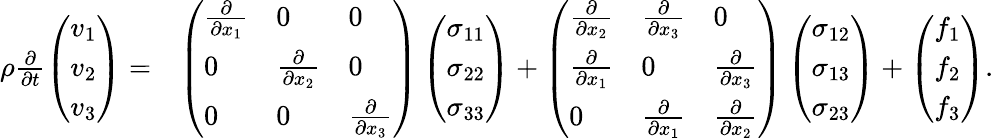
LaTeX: \begin{array}{rl}{\rho\frac{\partial}{\partial t}\left(\begin{array}{l}{v_{1}}\\ {v_{2}}\\ {v_{3}}\end{array}\right)=}&{\left(\begin{array}{lll}{\frac{\partial}{\partial x_{1}}}&{0}&{0}\\ {0}&{\frac{\partial}{\partial x_{2}}}&{0}\\ {0}&{0}&{\frac{\partial}{\partial x_{3}}}\end{array}\right)\left(\begin{array}{l}{\sigma_{11}}\\ {\sigma_{22}}\\ {\sigma_{33}}\end{array}\right)+\left(\begin{array}{lll}{\frac{\partial}{\partial x_{2}}}&{\frac{\partial}{\partial x_{3}}}&{0}\\ {\frac{\partial}{\partial x_{1}}}&{0}&{\frac{\partial}{\partial x_{3}}}\\ {0}&{\frac{\partial}{\partial x_{1}}}&{\frac{\partial}{\partial x_{2}}}\end{array}\right)\left(\begin{array}{l}{\sigma_{12}}\\ {\sigma_{13}}\\ {\sigma_{23}}\end{array}\right)+\left(\begin{array}{l}{f_{1}}\\ {f_{2}}\\ {f_{3}}\end{array}\right).}\end{array}